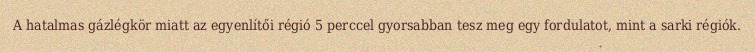
A hatalmas gázlégkör miatt az egyenlítői régió 5 perccel gyorsabban tesz meg egy fordulatot, mint a sarki régiók.